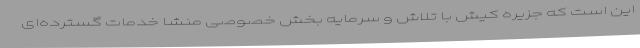
این است که جزیره کیش با تلاش و سرمایه بخش خصوصی منشا خدمات گسترده‌ای